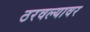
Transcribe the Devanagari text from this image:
ठरवल्यावर